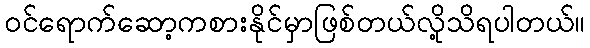
ဝင်ရောက်ဆော့ကစားနိုင်မှာဖြစ်တယ်လို့သိရပါတယ်။